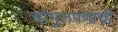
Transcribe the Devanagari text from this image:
चांगुलपणाची